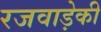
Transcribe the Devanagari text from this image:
रजवाड़ेकी